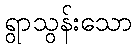
ရွာသွန်းသော